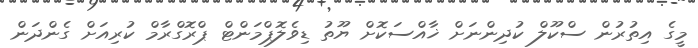
މީގެ އިތުރުން ސްކޫލް ކުދިންނަށް ޚާއްސަކޮށް ޔޫތު ޑިވެލޮޕްމަންޓް ޕްރޮގްރާމް ކުރިއަށް ގެންދަން